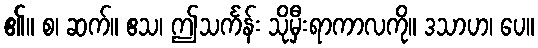
၏။ စ၊ ဆက်။ ဧသ၊ ဤသင်္ကန်း သိုမှီးရာကာလကို။ ဒသာဟ၊ ပေ။